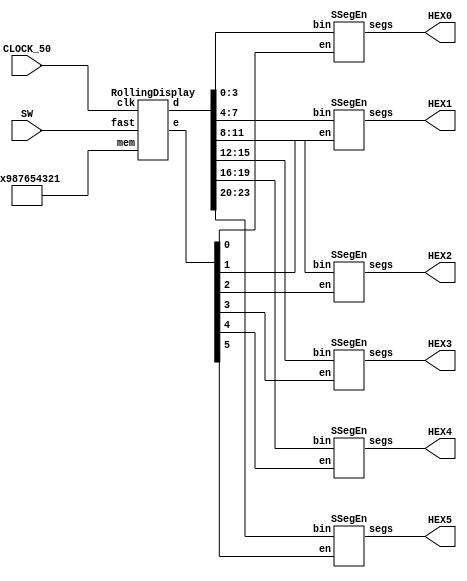
module Exercise2( 
	input CLOCK_50, 
	input [0:0] SW, 
	output [6:0] HEX5, HEX4, HEX3, HEX2, HEX1, HEX0);
	
	wire c = CLOCK_50;
	reg [39:0] mem = 40'h0987654321;
	
	wire [5:0] e; 
	wire [23:0] d; 

	RollingDisplay rd(.clk(c), .mem(mem), .fast(SW[0]), .d(d), .e(e));
	
	SSegEn s0(.bin(d[3:0]), .en(e[0]), .segs(HEX0)); 
	SSegEn s1(.bin(d[7:4]), .en(e[1]), .segs(HEX1)); 
	SSegEn s2(.bin(d[11:8]), .en(e[2]), .segs(HEX2)); 
	SSegEn s3(.bin(d[15:12]), .en(e[3]), .segs(HEX3)); 
	SSegEn s4(.bin(d[19:16]), .en(e[4]), .segs(HEX4)); 
	SSegEn s5(.bin(d[23:20]), .en(e[5]), .segs(HEX5)); 
endmodule

module RollingDisplay( 
	input clk, fast, 
	input [39:0] mem, 
	output reg [5:0] e, 
	output reg [23:0] d);
	
	localparam MaxCnt = 20_000; //0.4ms
	localparam n = $clog2(MaxCnt); 
	localparam FastMC = 4_000; //0.08ms
	
	reg [3:0] pos = 0, next_pos; 
	reg [n-1:0] cnt = 0, next_cnt; 
	
	always @(posedge clk) 
		{pos, cnt} <= {next_pos, next_cnt}; 
	
	always @(*) begin 
		next_cnt = cnt+1'd1; 
		next_pos = pos; 
		if (next_cnt >= (fast ? FastMC : MaxCnt)) begin 
			next_cnt = 0; 
			next_pos = pos+1'd1; 
		end 
	end
	
	always @(*) begin :need_name_to_define_local_variable 
		integer i; 
		for(i=0; i<=5; i=i+1) begin 
			e[i] = 0; 
			d[i*4 +: 4] = 4'bxxxx; //d[i*4+3:i*4]
			if ((1+i <= pos) && (pos <= 10+i)) begin 
				e[i] = 1; 
				d[i*4 +: 4] = mem[(pos-i-1)*4 +: 4]; 
			end 
		end 
	end 
endmodule

module SSegEn(
	input [3:0] bin, 
	input en, 
	output reg [6:0] segs); 
	
	always @(*) 
		if (en) 
			case (bin) 
				0: segs = 7'b100_0000; 
				1: segs = 7'b111_1001; 
				2: segs = 7'b010_0100; 
				3: segs = 7'b011_0000; 
				4: segs = 7'b001_1001; 
				5: segs = 7'b001_0010; 
				6: segs = 7'b000_0010; 
				7: segs = 7'b111_1000; 
				8: segs = 7'b000_0000; 
				9: segs = 7'b001_1000; 
				10: segs = 7'b000_1000; 
				11: segs = 7'b000_0011; 
				12: segs = 7'b100_0110; 
				13: segs = 7'b010_0001; 
				14: segs = 7'b000_0110; 
				15: segs = 7'b000_1110; 
			endcase 
		else segs = 7'b111_1111; 
endmodule